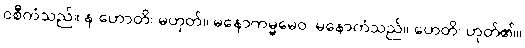
ဝစီကံသည်။ န ဟောတိ၊ မဟုတ်။ မနောကမ္မမေဝ၊ မနောကံသည်။ ဟေတိ၊ ဟုတ်၏။